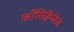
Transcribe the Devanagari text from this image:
कोंसिक्वेंसेज़